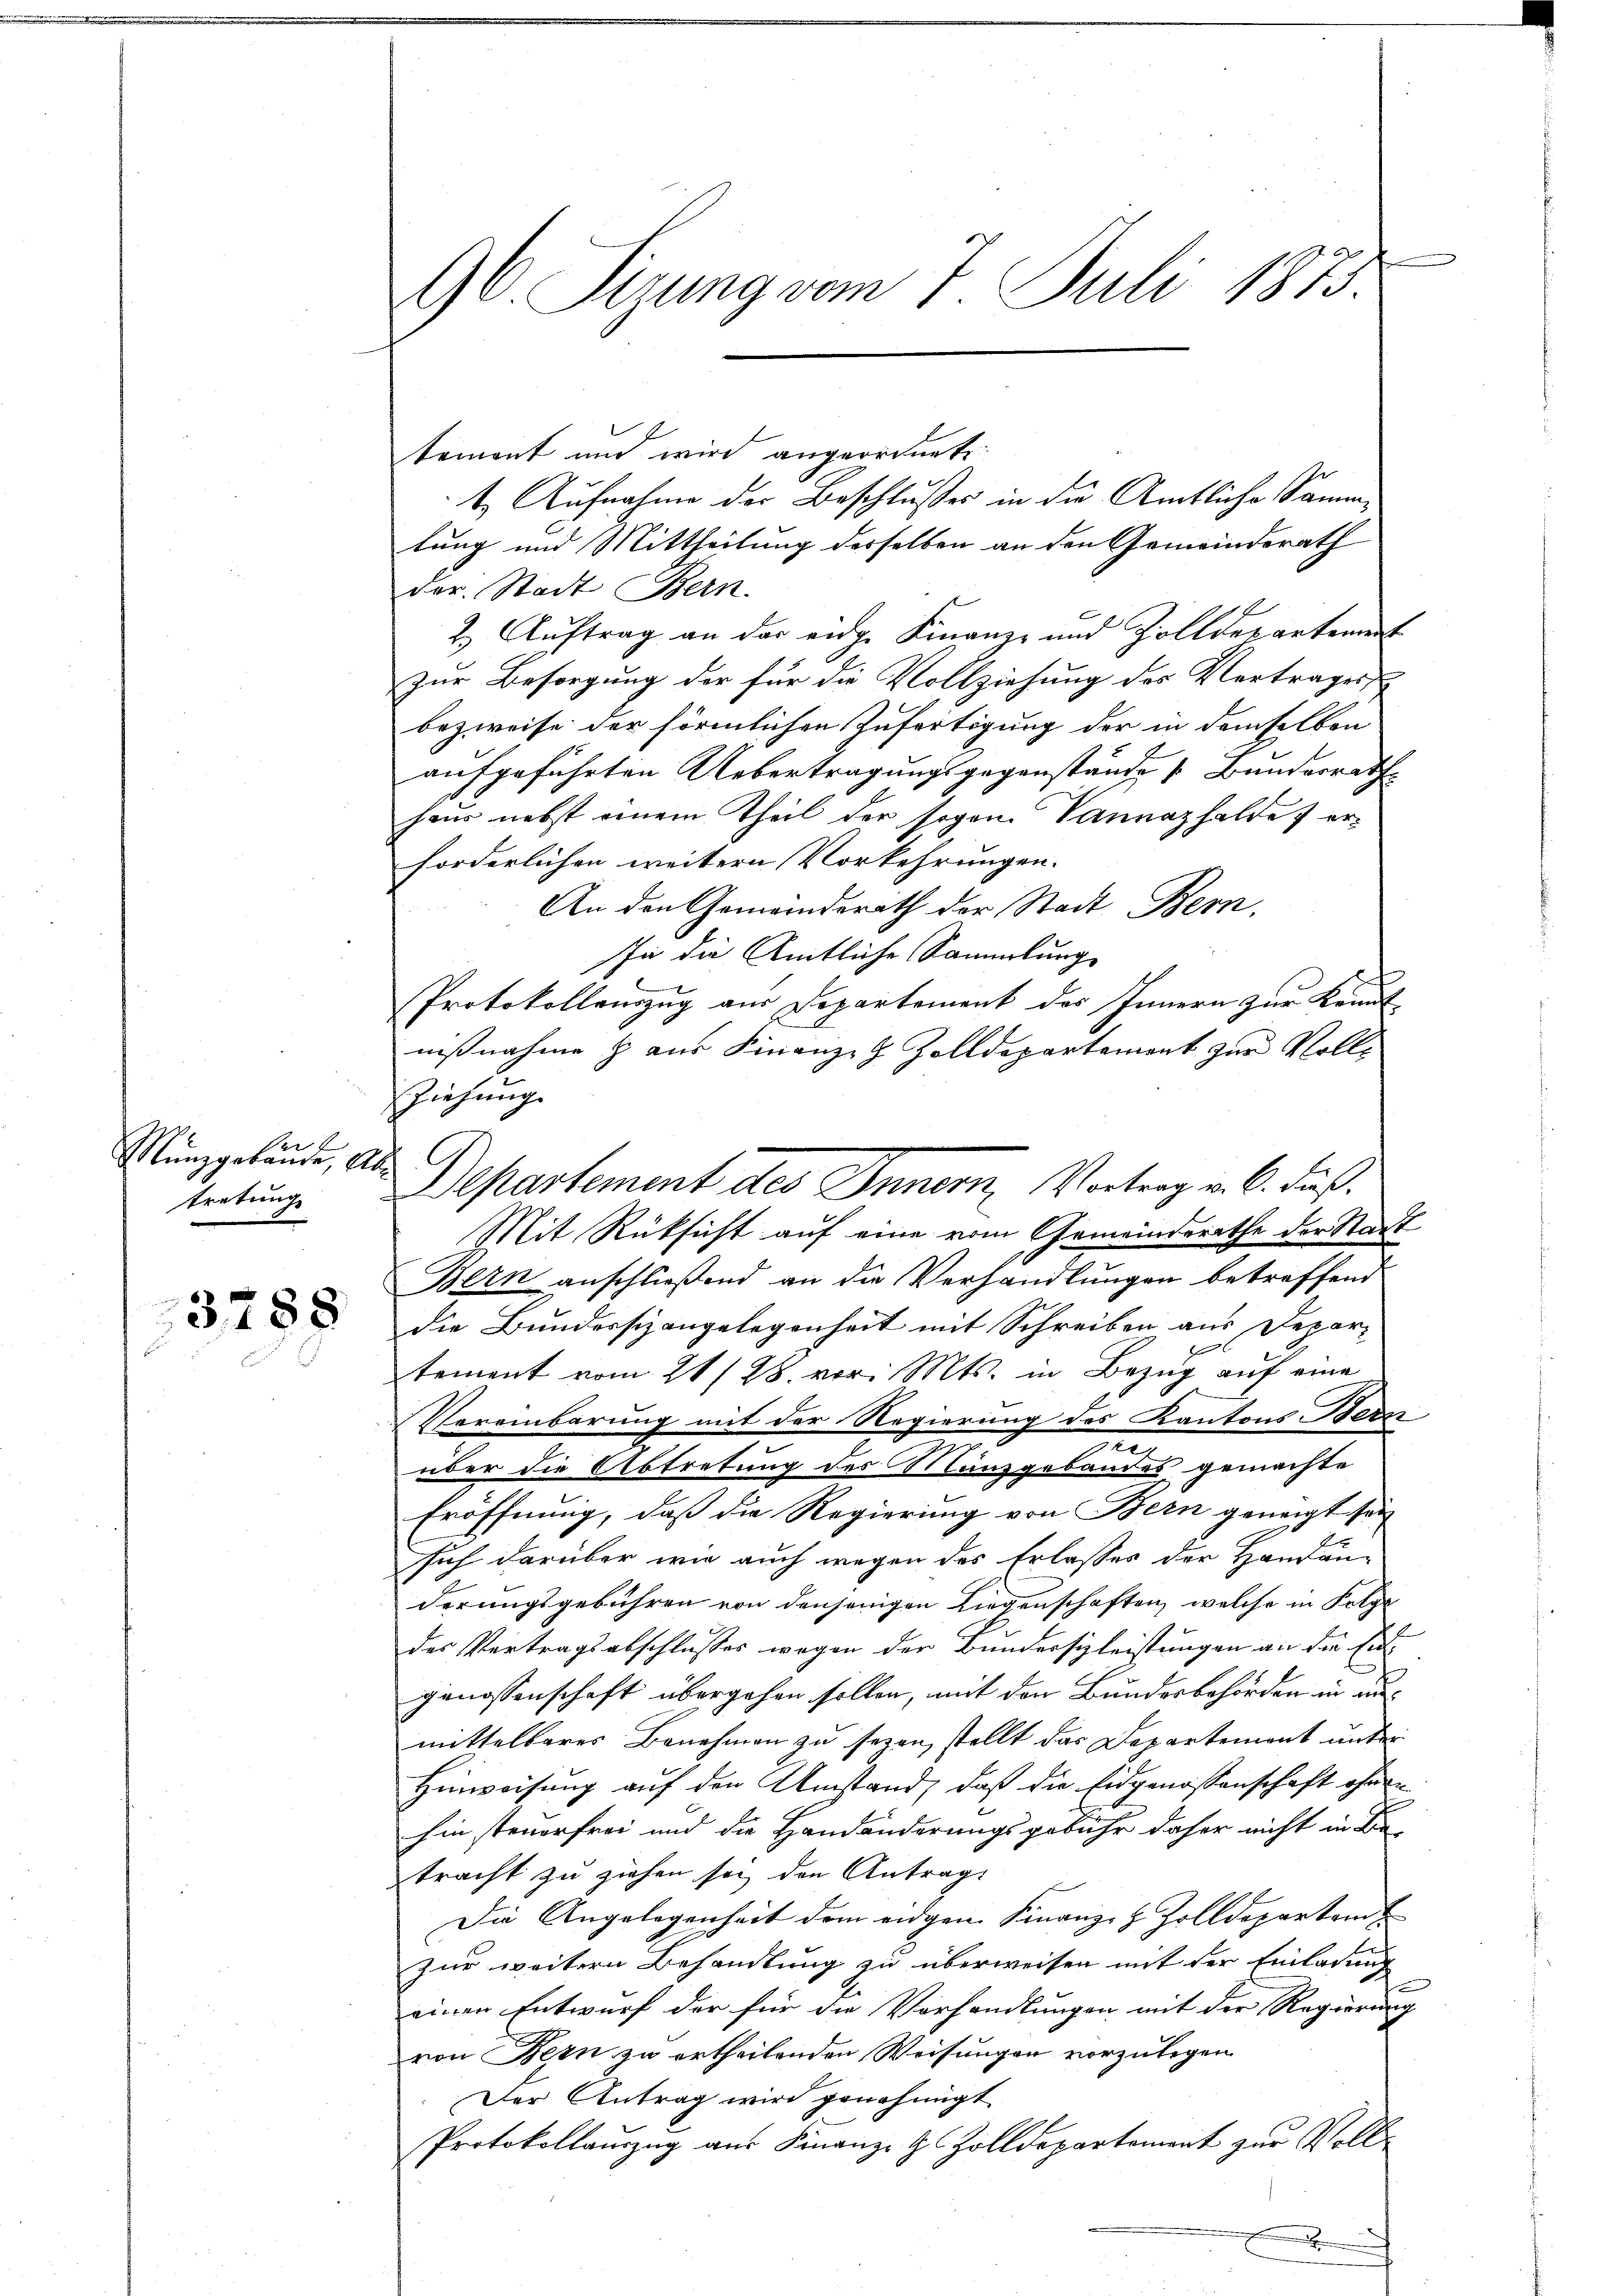
ert
Mŭnzgelände, Ab
tretung

3788

96. Sizung vom 7. Juli 1873.

tement und wird angeordnete
t. Aufnahme der Beschlusses in die Amtliche Sammtung und Mittheilung desselben an den Gemeinderath
der. Stadt Bern.
2.) Auftrag an der eidge Finanz- und Zolldepartement
zur Besorgung der für die Vollziehung des Vertrages
bezweife der förmlichen Zufertigung der in demselben
aufgeführten Uebertragungsgegenstände Bunderrath
haus nebst einem Theil der sogan. Vannazhaldes erforderlichen weitern Vorkehrungen.
An den Gemeinderath der Stadt Bern,
In die Amtliche Sammlung
Protokollenzug aus Departement des Innern zur Kennt
nißnahme & aus Finanzzh. Zolldepartement zur Voll¬
Ziehung.
Mit Rüksicht auf eine vom Gemeinderathe der Stadt
Bern anschließend an die Verhandlungen betreffend
die Bundessizangelegenheit mit Schreiben aus Depar¬
1
tement vom 21/28. vor. Mts. in Bezŭg aŭf eine
Vereinbarung mit der Regierung des Kantons-Bern
7
über die Abtretung des Manzgebäudes gemachte
Eröffnung, daß die Regierung von Bern geneigt sei
sich darüber wie auch wegen des Erlasses der Handänderungsgebühren von denjenigen Liegenschaften, welche in Folge
des Vertragsabschlusses wegen der Bundersizleistungen an die Eingenossenschaft übergehen sollen, mit den Bundesbehörden in anmittelbares Benehmen zu sezen, stellt das Departement unter
Hinweisung auf den Umstand, daß die Eidgenossenschaft ohnen
hin steuerfrei und die Handänderungsgebühr daher nicht in Be-
tracht zu ziehen sei den Antrag
Die Angelegenheit dem eidgen. Finanz- & Zolldepartem t
zur weitern Behandlung zu überweisen mit der Einladung
einen Entwurf der für die Vorhandlungen mit der Regierung
von Bern zu ertheilenden Weisungen vorzulegen
Der Antrag wird genehmigt.
Protokollauszug aus Finanz- & Zolldepartement zur Voll¬
.

Departement des Innern, Vortrag v. 6. Fuß.